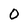
Character: O